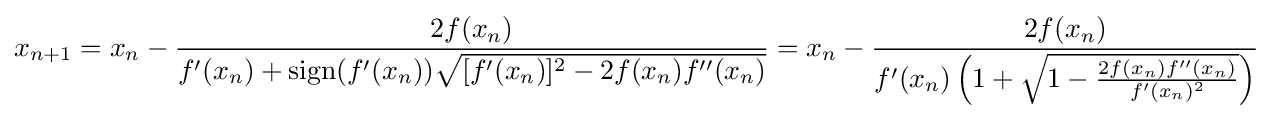
x_{n+1}=x_{n}-{\frac {2f(x_{n})}{f'(x_{n})+\operatorname {sign} (f'(x_{n})){\sqrt {[f'(x_{n})]^{2}-2f(x_{n})f''(x_{n})}}}}=x_{n}-{\frac {2f(x_{n})}{f'(x_{n})\left(1+{\sqrt {1-{\frac {2f(x_{n})f''(x_{n})}{f'(x_{n})^{2}}}}}\right)}}